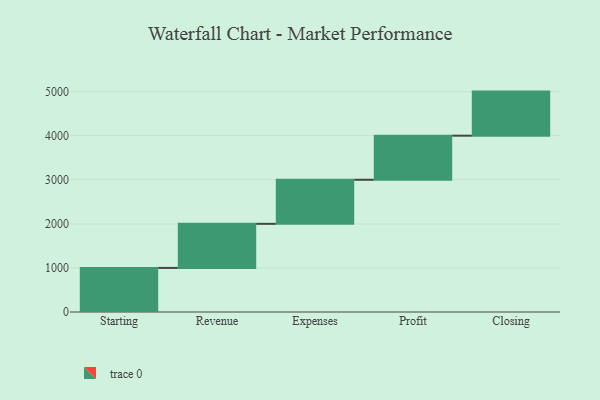
{"axis": {"x": "Step", "y": "Value"}, "legend": [""], "data": [{"x": "Starting", "y": 1000, "type": ""}, {"x": "Revenue", "y": 1000, "type": ""}, {"x": "Expenses", "y": 1000, "type": ""}, {"x": "Profit", "y": 1000, "type": ""}, {"x": "Closing", "y": 1000, "type": ""}]}